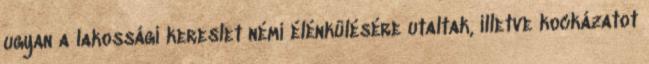
ugyan a lakossági kereslet némi élénkülésére utaltak, illetve kockázatot